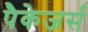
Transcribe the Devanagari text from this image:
पैकेजर्स